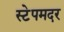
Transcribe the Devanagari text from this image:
स्टेपमदर